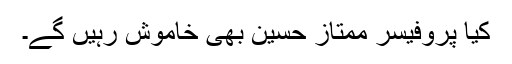
کیا پروفیسر ممتاز حسین بھی خاموش رہیں گے۔